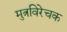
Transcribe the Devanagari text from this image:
मुत्रविरेचक